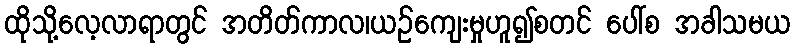
ထိုသို့လေ့လာရာတွင် အတိတ်ကာလ၊ယဉ်ကျေးမှုဟူ၍စတင် ပေါ်စ အခါသမယ